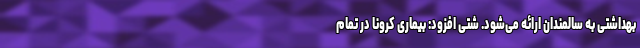
بهداشتی به سالمندان ارائه می‌شود. شتی افزود: بیماری کرونا در تمام